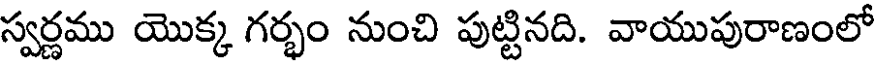
స్వర్ణము యొక్క గర్భం నుంచి పుట్టినది. వాయుపురాణంలో